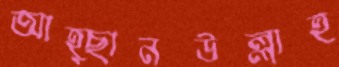
আহ্ছানউল্লাহ